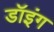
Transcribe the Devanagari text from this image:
डॉइंग